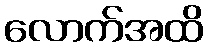
လောက်အထိ